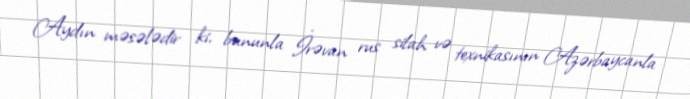
Aydın məsələdir ki, bununla İrəvan rus silah və texnikasının Azərbaycanla